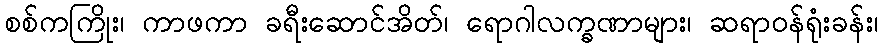
စစ်ကကြိုး၊ ကာဖကာ ခရီးဆောင်အိတ်၊ ရောဂါလက္ခဏာများ၊ ဆရာဝန်ရုံးခန်း၊